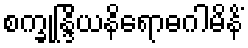
စက္ခုန္ဒြိယနိရောဓဂါမိနိံ